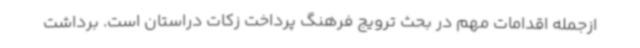
ازجمله اقدامات مهم در بحث ترویج فرهنگ پرداخت زکات دراستان است. برداشت